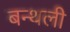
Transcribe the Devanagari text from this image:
बन्थली